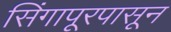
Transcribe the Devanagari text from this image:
सिंगापूरपासून